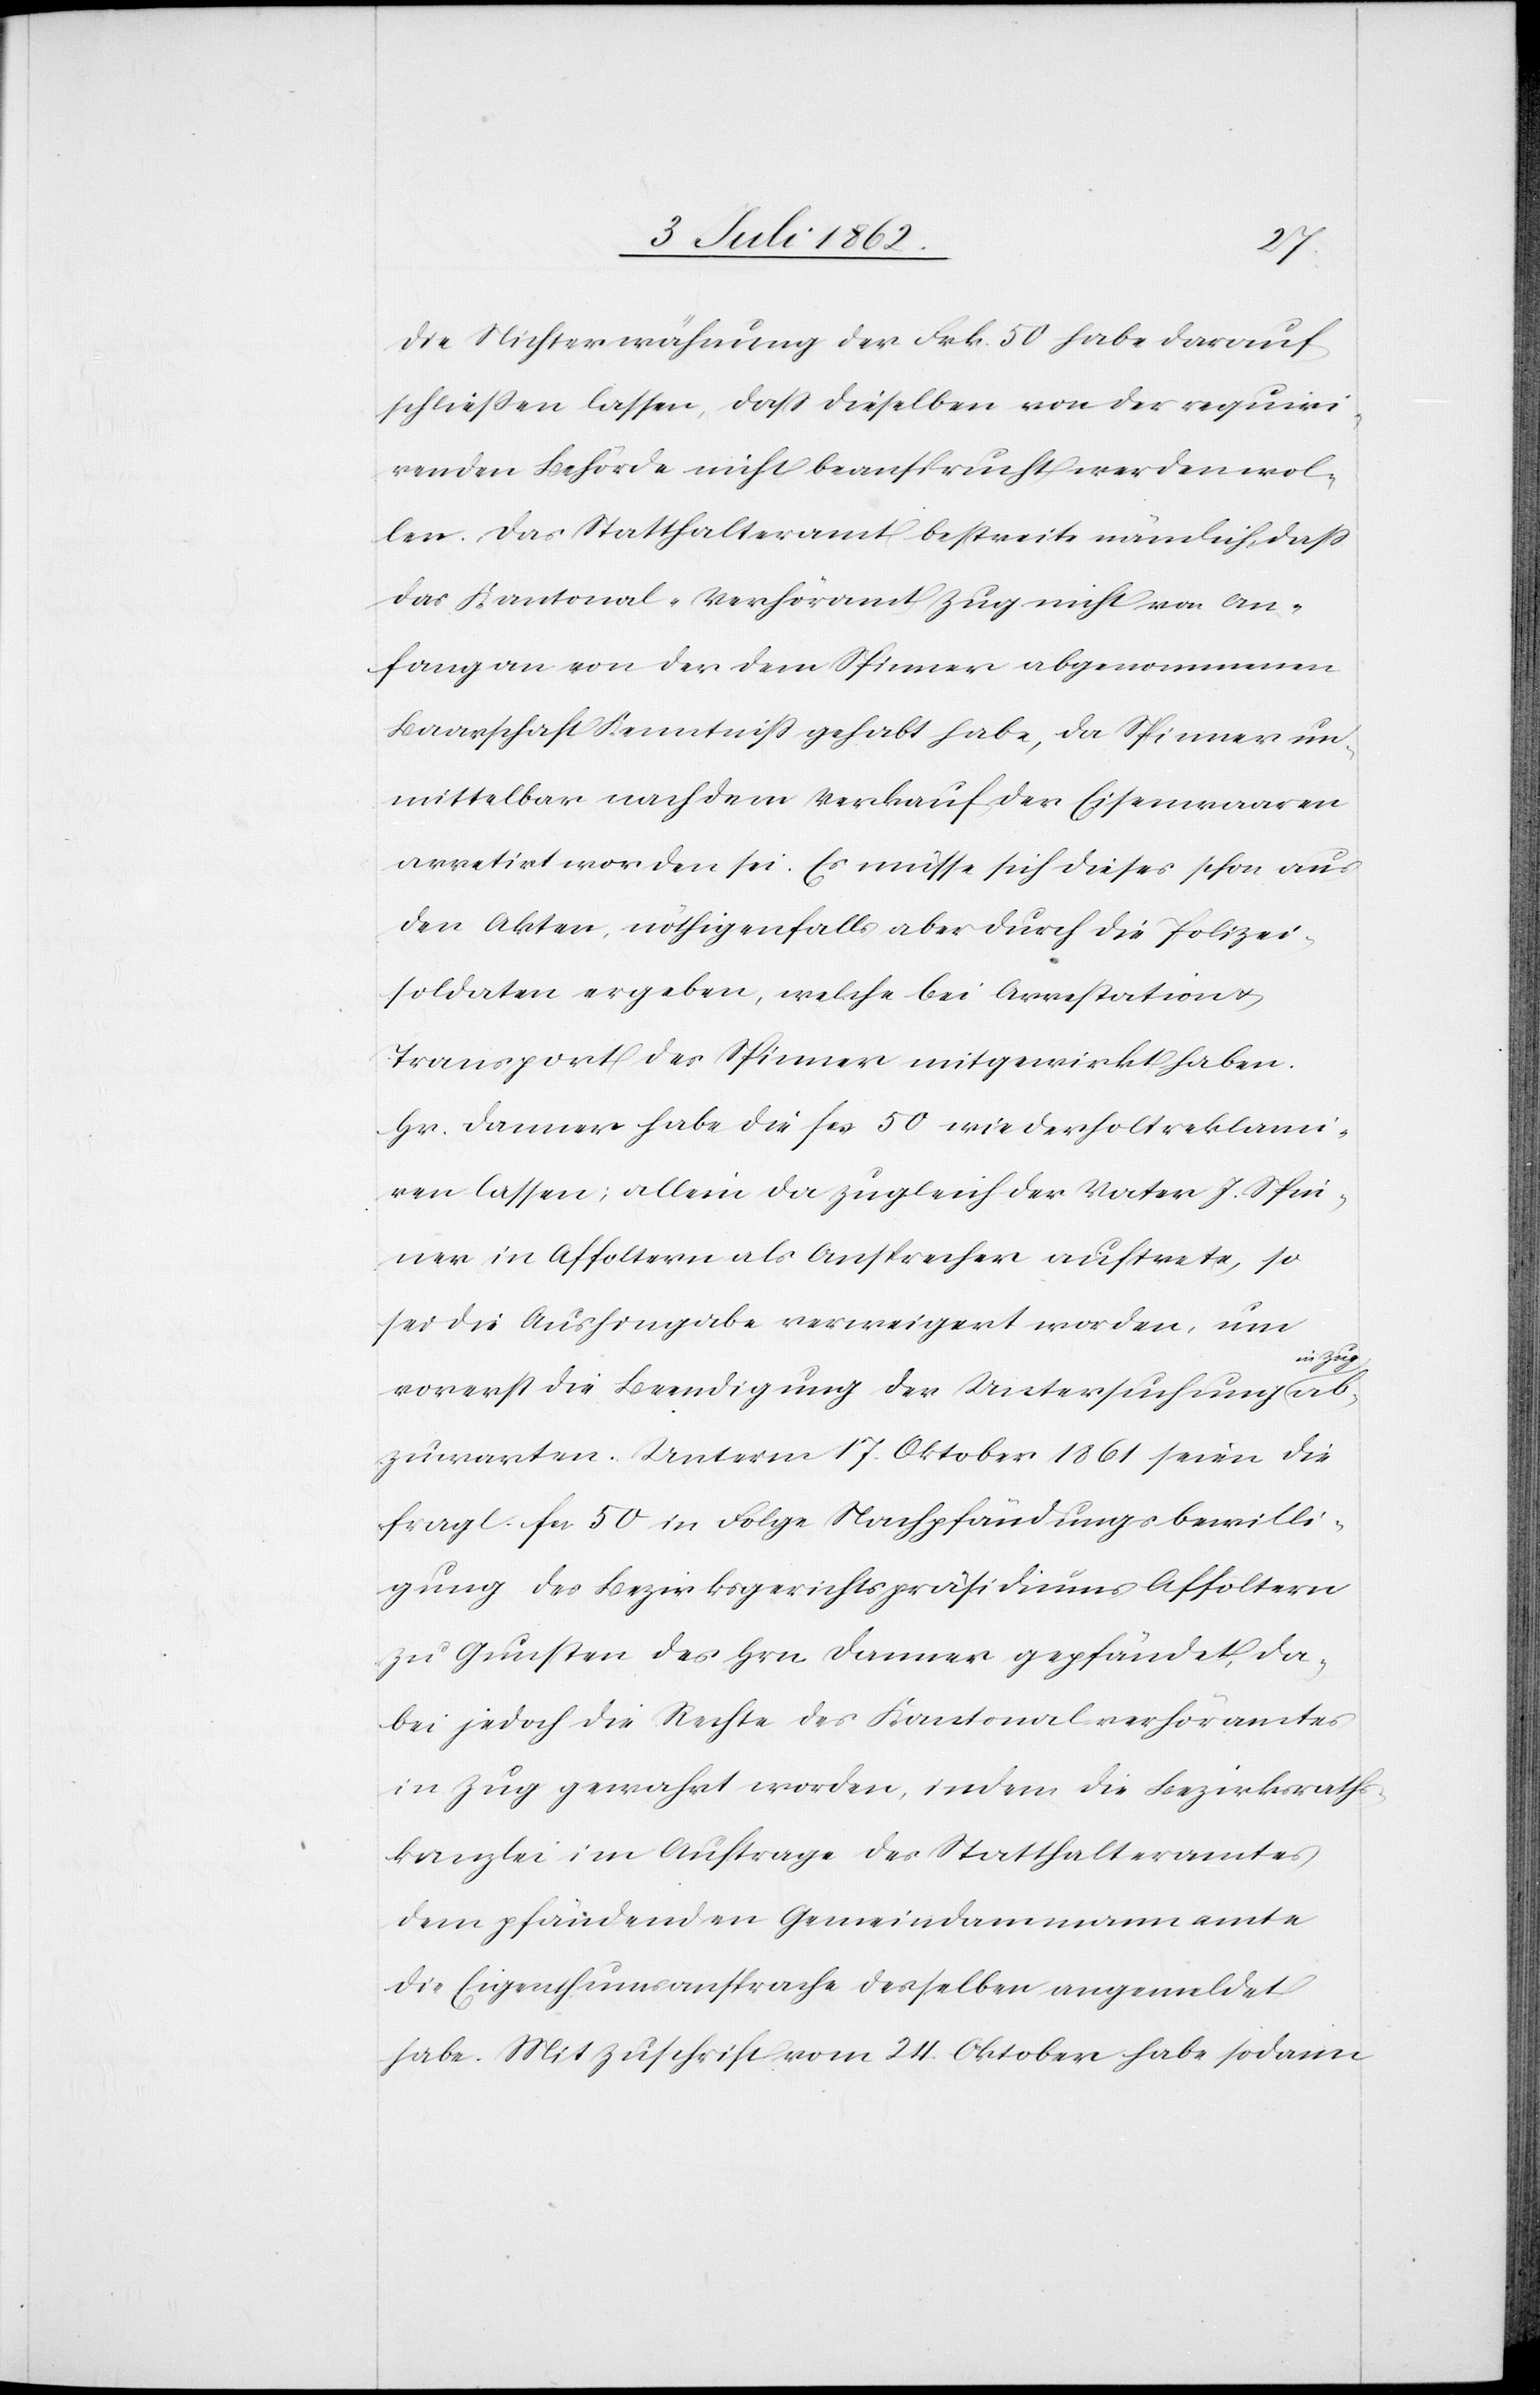
Die Nichterwähnung der Frk. 50 habe darauf
schließen lassen, daß dieselben von der requiri¬
renden Behörde nicht beansprucht werden wol¬
len. Das Statthalteramt bestreite nämlich, daß
das Kantonal-Verhöramt Zug nicht von An¬
fang an von der dem Spinner abgenommenen
Baarschaft Kenntniß gehabt habe, da Spinner un¬
mittelbar nach dem Verkauf der Eisenwaaren
arretirt worden sei. Es müsse sich dieses schon aus
den Akten, nöthigenfalls aber durch die Polizei¬
soldaten ergeben, welche bei Arrestation u.
Transport des Spinner mitgewirkt haben.
Hr. Danner habe die Fcs. 50 wiederholt reklami¬
ren lassen; allein da zugleich der Vater J. Spin¬
ner in Affoltern als Ansprecher auftrete, so
sei die Aushingabe verweigert worden, um
in Zug ab¬
vorerst die Beendigung der Untersuchung
zuwarten. Unterm 17. Oktober 1861 seien die
fragl. Fcs. 50 in Folge Nachpfändungsbewilli¬
gung des Bezirksgerichtspräsidiums Affoltern
zu Gunsten des Hrn. Danner gepfändet, da¬
bei jedoch die Rechte des Kantonalverhöramtes
in Zug gewahrt worden, indem die Bezirksraths¬
kanzlei im Auftrage des Statthalteramtes
dem pfändenden Gemeindammannamte
die Eigenthumsansprache desselben angemeldet
habe. Mit Zuschrift vom 24. Oktober habe sodann